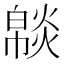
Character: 𤎥